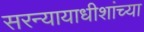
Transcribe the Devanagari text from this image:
सरन्यायाधीशांच्या